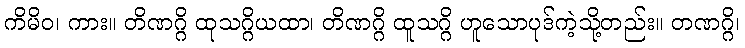
ကိမိဝ၊ ကား။ တိဏဂ္ဂိ ထုသဂ္ဂိယထာ၊ တိဏဂ္ဂိ ထူသဂ္ဂိ ဟူသောပုဒ်ကဲ့သို့တည်း။ တဏဂ္ဂိ၊